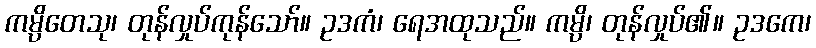
ကမ္ပိတေသု၊ တုန်လှုပ်ကုန်သော်။ ဥဒကံ၊ ရေအထုသည်။ ကမ္ပိ၊ တုန်လှုပ်၏။ ဥဒကေ၊